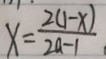
x = \frac { 2 ( 1 - x ) } { 2 a - 1 }